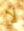
لا